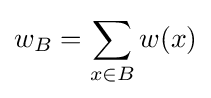
w_{B}=\sum _{x\in B}w(x)